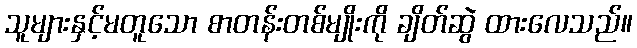
သူများနှင့်မတူသော စာတန်းတစ်မျိုးကို ချိတ်ဆွဲ ထားလေသည်။